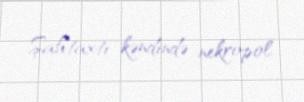
Şahtaxtı kəndində nekropol.